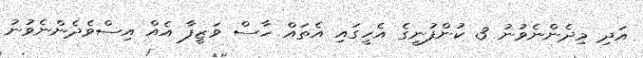
އަދި މިދެންނެވުނު 3 ކުންފުނީގެ އެހީގައި އެތައް ހާސް ވަޒީފާ އެއް އިސްވެދެންނެވުނު